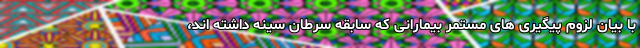
با بیان لزوم پیگیری های مستمر بیمارانی که سابقه سرطان سینه داشته اند،